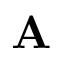
\mathbf { A }